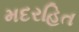
મદરહિત